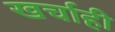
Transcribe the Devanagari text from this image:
खर्चाही